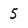
Character: 5